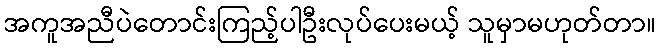
အကူအညီပဲတောင်းကြည့်ပါဦးလုပ်ပေးမယ့် သူမှာမဟုတ်တာ။